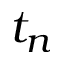
t _ { n }